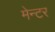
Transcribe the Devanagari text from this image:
मेन्टर